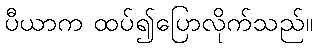
ပီယာက ထပ်၍ပြောလိုက်သည်။